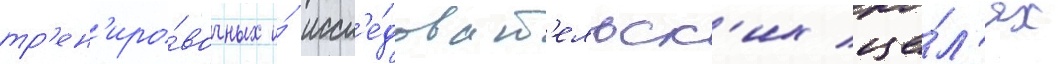
тр'ен'иро́вочных и́ иссл'е́доват'ельск'их це́л'ях